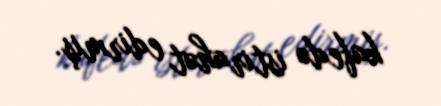
kafedə istirahət edirmiş.